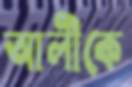
আলীকে